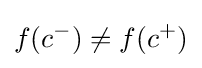
f(c^{-})\neq f(c^{+})